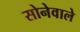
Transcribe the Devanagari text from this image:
सोनेवाले